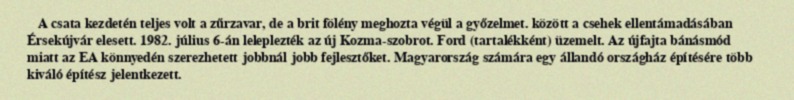
A csata kezdetén teljes volt a zűrzavar, de a brit fölény meghozta végül a győzelmet. között a csehek ellentámadásában Érsekújvár elesett. 1982. július 6-án leleplezték az új Kozma-szobrot. Ford (tartalékként) üzemelt. Az újfajta bánásmód miatt az EA könnyedén szerezhetett jobbnál jobb fejlesztőket. Magyarország számára egy állandó országház építésére több kiváló építész jelentkezett.